Vaccine operations Central Provinces 1886-1899 - 1886-1899
Year: 1886
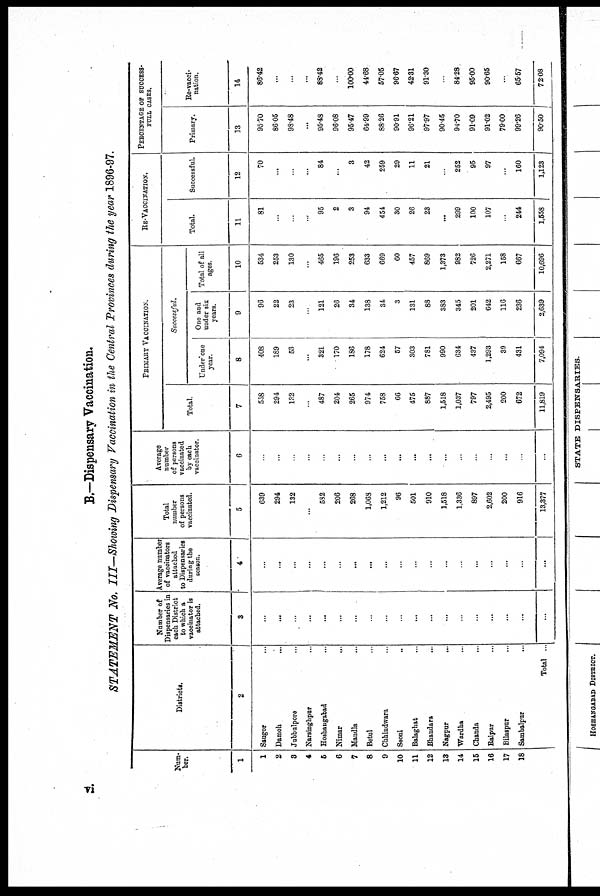
B.—Dispensary Vaccination.
STATEMENT No. III—Showing Dispensary Vaccination in the Central Provinces during the year 1896-97.
Num-
ber.
1
1
2
3
4
5
6
7
8
9
10
11
12
13
14
15
16
17
18
Districts.
2
Saugor ...
Daraoh
...
Jubbulpore ...
Narsinghpur ...
Hoshangabad ...
Nimar
...
Mandla ...
Betul ...
Chhindwara ...
Seoni ...
Balaghat ...
Bhandara ...
Nagpur
...
Wardha ...
Chanda ...
Raipur ...
Bilaspur ...
Sambalpur ...
Total ...
Number of
Dispensaries in
each District
to which a
vaccinator is
attached.
3
...
...
...
...
...
...
...
...
...
...
...
...
...
...
...
...
...
...
...
Average number
of vaccinators
attached
to Dispensaries
during the
season.
4
...
...
...
...
...
...
...
...
...
...
...
...
...
...
...
...
...
...
...
Total
number
of persons
vaccinated.
5
639
294
132
...
582
206
268
1,063
1,212
96
501
910
1,518
1,336
897
2,602
200
916
13,377
Average
number
of persons
vaccinated
by each
vaccinator.
6
...
...
...
...
...
...
...
...
...
...
...
...
...
...
...
...
...
...
...
PRIMARY VACCINATION.
Total.
7
558
294
132
...
487
204
265
974
758
66
475
887
1,518
1,037
797
2,495
200
672
11,819
Successful.
Under one
year.
8
408
189
53
...
321
170
186
178
624
57
303
781
990
634
437
1,293
39
431
7,094
One and
under six
years.
9
96
22
23
...
121
26
34
138
34
3
131
88
383
345
201
642
116
236
2,639
Total of all
ages.
10
534
253
130
...
465
196
253
633
669
60
457
869
1,373
982
726
2,271
158
667
10,696
RE-VACCINATION.
Total.
11
81
...
...
...
95
2
3
94
454
30
26
23
...
299
100
107
...
244
1,558
Successful.
12
70
...
...
...
84
...
3
42
259
29
11
21
...
252
95
97
...
160
1,123
PERCENTAGE OF SUCCESS¬
FULL CASES.
Primary.
13
95.70
86.05
98.48
...
95.48
96.08
95.47
64.99
88.26
90.91
96.21
97.97
90.45
94.70
91.09
91.02
7900
99.26
90.50
Re-vacci-
nation.
14
86.42
...
...
...
88.42
...
100.00
44.68
57.05
96.67
42.31
91.30
...
84.28
95.00
90.65
...
65.57
72.08
vi